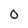
Character: 0